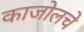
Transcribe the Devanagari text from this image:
काजोलचे